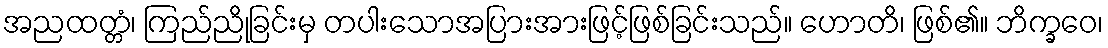
အညထတ္တံ၊ ကြည်ညိုခြင်းမှ တပါးသောအပြားအားဖြင့်ဖြစ်ခြင်းသည်။ ဟောတိ၊ ဖြစ်၏။ ဘိက္ခဝေ၊